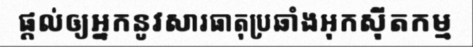
ផ្តល់ឲ្យអ្នកនូវសារធាតុប្រឆាំងអុកស៊ីតកម្ម